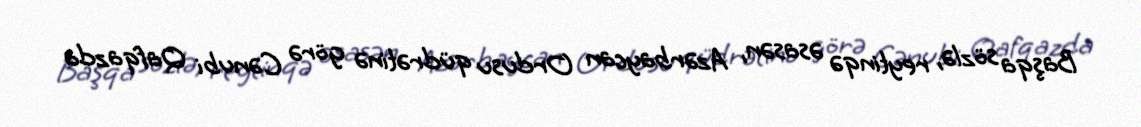
Başqa sözlə, reytinqə əsasən, Azərbaycan Ordusu qüdrətinə görə Cənubi Qafqazda